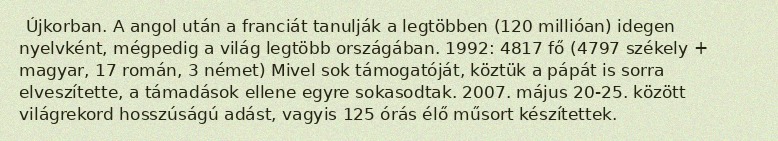
Újkorban. A angol után a franciát tanulják a legtöbben (120 millióan) idegen nyelvként, mégpedig a világ legtöbb országában. 1992: 4817 fő (4797 székely + magyar, 17 román, 3 német) Mivel sok támogatóját, köztük a pápát is sorra elveszítette, a támadások ellene egyre sokasodtak. 2007. május 20-25. között világrekord hosszúságú adást, vagyis 125 órás élő műsort készítettek.